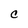
Character: C